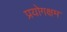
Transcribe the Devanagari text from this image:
प्रयोगक्षम